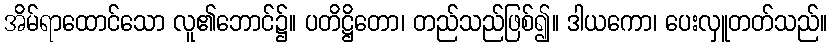
အိမ်ရာထောင်သော လူ၏ဘောင်၌။ ပတိဋ္ဌိတော၊ တည်သည်ဖြစ်၍။ ဒါယကော၊ ပေးလှူတတ်သည်။